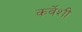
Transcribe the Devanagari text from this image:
कर्वेशी